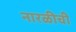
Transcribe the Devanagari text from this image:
नारळीची